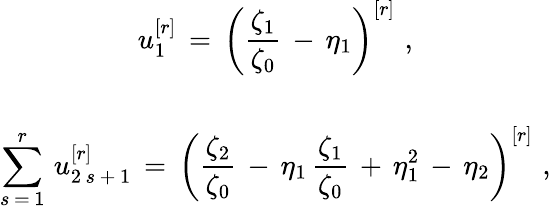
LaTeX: \begin{array}{c}{{\displaystyle{u_{1}^{[r]}\, =\, \left(\frac{\zeta_{1}}{\zeta_{0}}\, -\, \eta_{1}\right)^{[r]}\, \, ,}}}\\ {{\mathrm{}}}\\ {{\displaystyle{\sum_{s\, =\, 1}^{r}\, u_{2\, s\, +\, 1}^{[r]}\, =\, \left(\frac{\zeta_{2}}{\zeta_{0}}\, -\, \eta_{1}\, \frac{\zeta_{1}}{\zeta_{0}}\, +\, \eta_{1}^{2}\, -\, \eta_{2}\right)^{[r]}\, \, ,}}}\end{array}